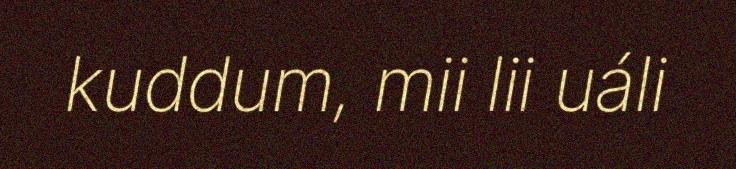
kuddum, mii lii uáli